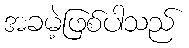
အခမဲ့ဖြစ်ပါသည်